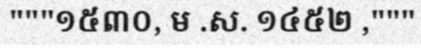
"""១៥៣០, ម .ស. ១៤៥២ ,"""